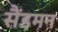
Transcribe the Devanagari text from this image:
सैंडमन